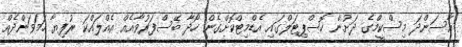
އާސަންދަ މިސްކީމްގެ ދަށުން ހޮސްޕިޓަލްގައި އެޑްމިޓްކޮށްގެން ހޯދާ ބޭސްފަރުވާއެއް އެއްލައްކަ ރުފިޔާ ހަމަވަންދެއް